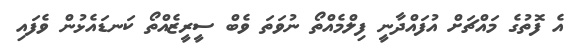
އެ ފޮތުގެ މައްޗަށް އުފައްދާނީ ފިލްމެއްތޯ ނުވަތަ ވެބް ސީރީޒެއްތޯ ކަނޑައެޅުން ވެފައި